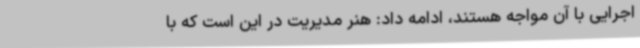
اجرایی با آن ‌مواجه هستند، ادامه داد: هنر مدیریت در این است که با